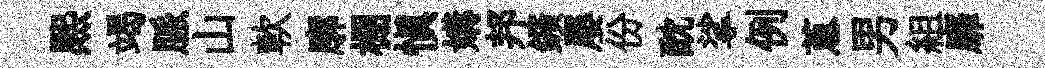
熈竭脈山軟廓棚愼媾邦鑛屡份酖挲例蔥男組靡